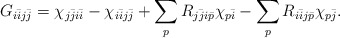
\begin{align*}\begin{aligned} G_{i\bar ij\bar j} &= \chi_{j\bar ji\bar i} - \chi_{i\bar ij\bar j} + \sum_p R_{j\bar ji\bar p}\chi_{p\bar i} -\sum_p R_{i\bar ij\bar p}\chi_{p\bar j} .\end{aligned}\end{align*}